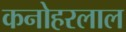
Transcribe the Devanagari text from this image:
कनोहरलाल